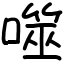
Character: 噬